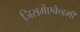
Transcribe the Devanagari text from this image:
जिसमेंएकेडमी